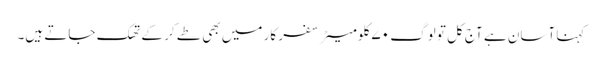
کہنا آسان ہے آج کل تو لوگ ۷۰ کلومیٹر سفر کار میں بھی طے کر کے تھک جاتے ہیں۔